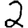
Digit: 2